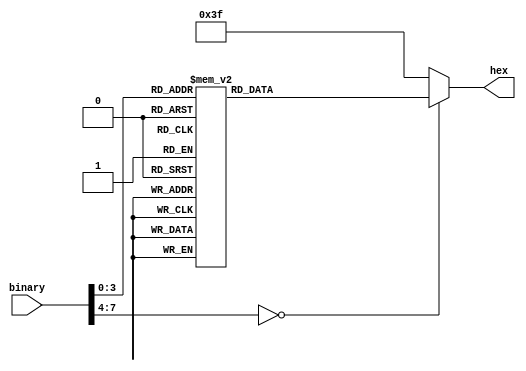
module bcd_decorder0(binary,hex);
	input [7:0] binary;
	output reg [6:0] hex;
	reg binary1;
	
	always@(*)
		begin
			case(binary)
				8'b0:
					hex=~(8'b0111111);
				8'd1:
					hex=~(8'b0000110);
				8'd2:
					hex=~(8'b1011011);
				8'd3:
					hex=~(8'b1001111);
				8'd4:
					hex=~(8'b1100110);
				8'd6:
					hex=~(8'b1111101);
				8'd7:
					hex=~(8'b0000111);
				8'd8:
					hex=~(8'b1111111);
				8'd9:
					hex=~(8'b1101111);
				default:
					hex=~(8'b1000000);
			endcase
					
		end
	
endmodule